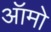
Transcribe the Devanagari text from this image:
ऑमो